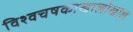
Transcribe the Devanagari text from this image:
विश्वचषकाखालोखाल